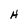
Character: H